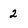
Character: 2